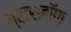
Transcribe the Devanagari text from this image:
ग्रासहॉफ़